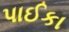
પાઈકા